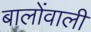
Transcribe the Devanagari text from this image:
बालोंवाली